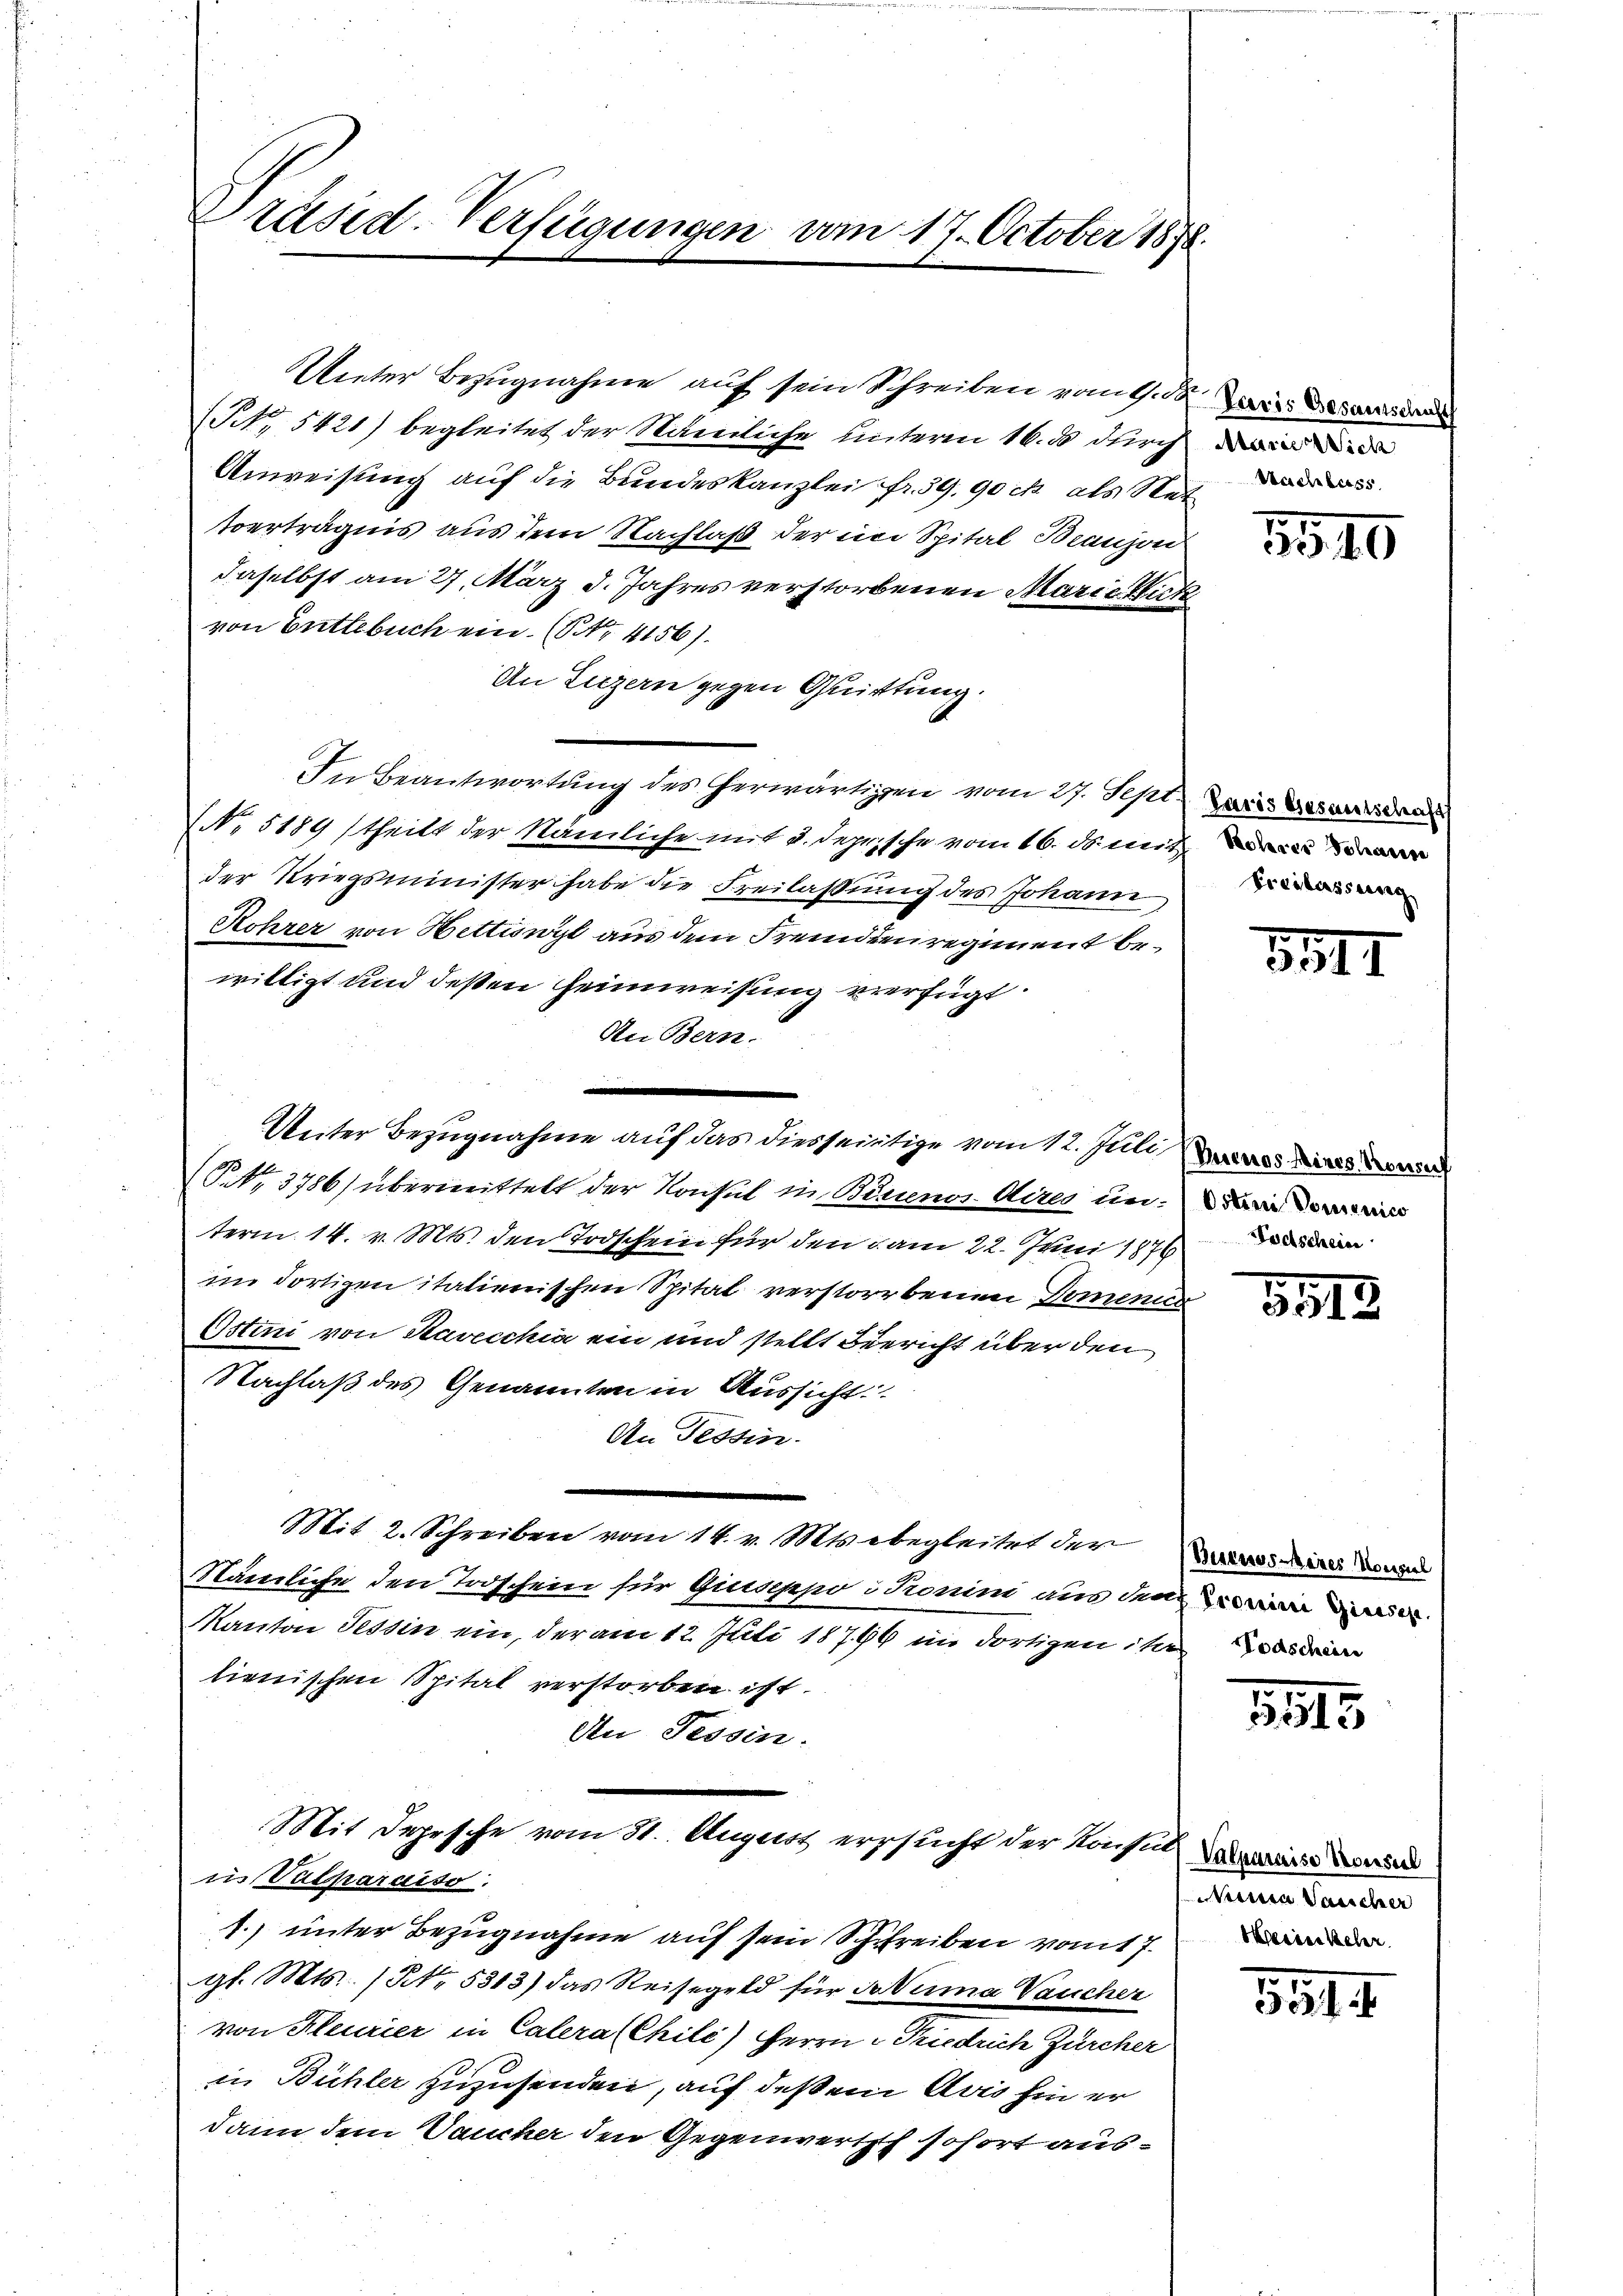
Präsid-Verfügungen vom 17. October 1878.

Wieter Bezugnahme auf sein Schreiben vom 1. d. wi
NNo. 5421) begleitet der Nämliche unterm 16. ds durch
Anweisung auf die Bundeskanzlei fr. 39, 90 ck als Setverträgnis aus dem Nachlaß der im Spital Branzon
daselbst am 27. März d. Jahres verstorbenen Mariati
von Entlebuch ein. (Nr. 4156).
An Luzern gegen Quittung.
In Beantwortung des herwärtigen vom 27. Sept. Paris Besausserun
No 5189 (theilt der Nämliche mit d. deprische vom 16. ds. mit
der Kriegsminister habe die Freilassung des Johann,
Rohrer von Hettiswyl aus dem Fremdenregiment bewilligt und dessen Heimweisung verfügt:
An Bern.
(NNo. 3786) übermittelt der Konsul in Buenos Aires un
term 14. v. Mts. den Todschein für den am 22. Juni 1876 in
im dortigen italienischen Spital verstorbenen Domenici
Ostini von Savecchia ein und stellt Bericht über den
Nachlaß des Genannten in Aussicht
An Tessin.
Mit 2. Schreiben vom 14. v. Mts. begleitet der
Nämliche den Todschein für Giuseppo coni aus den die wie der
Kanton Tessin ein, der am 12. Juli 18796 im dortigen ihren
lienischen Spital verstorben ist.
An Tessin.
Mit Depesche vom 31. August ersucht der Konsul
n Vulparaiso
1.) unter Bezugnahme auf sein Schreiben vom 7.
gl. Mts. (No. 5313) das Reisegeld für Prima Vaucher
von Heurier in Calera (Chilć) Herrn Friedrich Zürcher
in Bühler zuzusenden, auf deßen Avis hin er
dann dem Vaucher den Gegenwertsch sofort aus¬

Uniter Bezugnahme auf das diesseitige vom 12. Juli,

Marie Wich
Nachber
i

5540

Freilassung

5511

Buenos Mines Konruh

5518

Burnosines Konspiel

3513

Niticia Vasicher
Meeren Keser

5514.